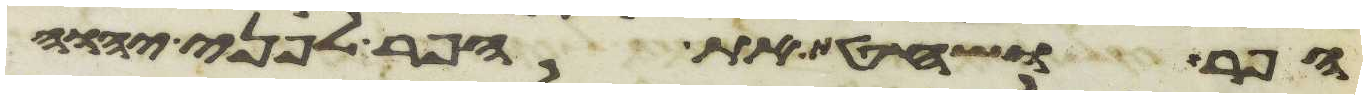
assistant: הפר ושחט את הפר לפני יהוה